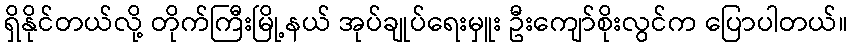
ရှိနိုင်တယ်လို့ တိုက်ကြီးမြို့နယ် အုပ်ချုပ်ရေးမှူး ဦးကျော်စိုးလွင်က ပြောပါတယ်။